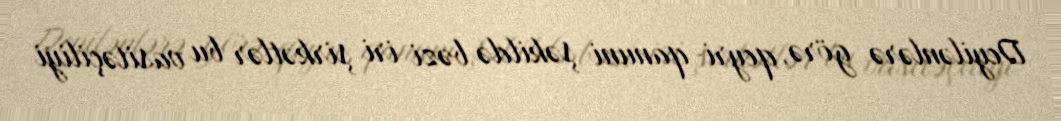
Deyilənlərə görə, qeyri-qanuni şəkildə bəzi iri şirkətlər bu vasitəçiliyi